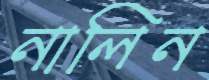
নালিন